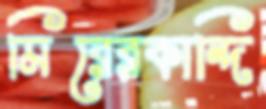
মিরেরকান্দি